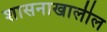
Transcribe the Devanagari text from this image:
शासनाखालील